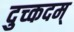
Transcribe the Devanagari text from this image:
दुच्कदम्